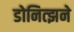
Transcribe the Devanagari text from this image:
डोनित्झने